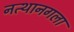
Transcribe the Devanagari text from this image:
नत्थानगला